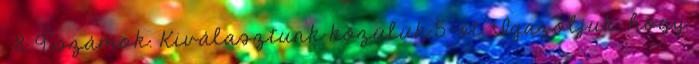
, 8, 9 számok. Kiválasztunk közülük 5-öt. Igazoljuk, hogy